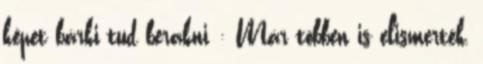
képet bárki tud berakni : Már többen is elismerték,